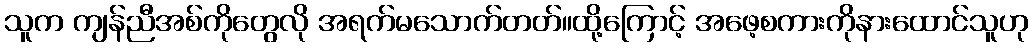
သူက ကျန်ညီအစ်ကိုတွေလို အရက်မသောက်တတ်။ထို့ကြောင့် အဖေ့စကားကိုနားထောင်သူဟု